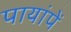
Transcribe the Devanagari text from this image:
पायांपें